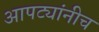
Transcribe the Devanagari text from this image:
आपट्यांनीच